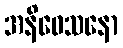
အနိဝေသနော